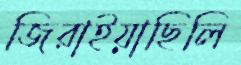
জিরাইয়াছিলি